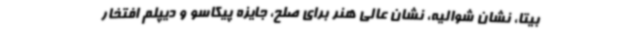
بیتا، نشان شوالیه، نشان عالی هنر برای صلح، جایزه پیکاسو و دیپلم افتخار